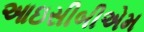
આઇસીબીએમ